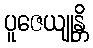
ပူဇေယျုန္တိ